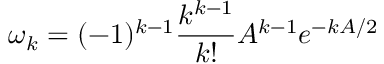
\omega _ { k } = ( - 1 ) ^ { k - 1 } \frac { k ^ { k - 1 } } { k ! } A ^ { k - 1 } e ^ { - k A / 2 }